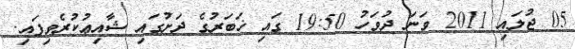
05 ޖުލައި 2011 ވަނަ ދުވަހު 19:50 ގައި ޚަބަރުގެ ދަށުގައި ޝާއިޢުކުރެވިފައި.